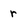
Character: r